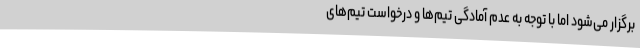
برگزار می‌شود اما با توجه به عدم آمادگی تیم‌ها و درخواست تیم‌های